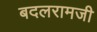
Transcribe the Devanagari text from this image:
बदलरामजी